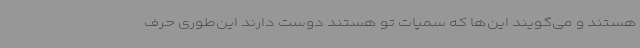
هستند و می‌گویند این‌ها که سمپات تو هستند دوست دارند این‌طوری حرف